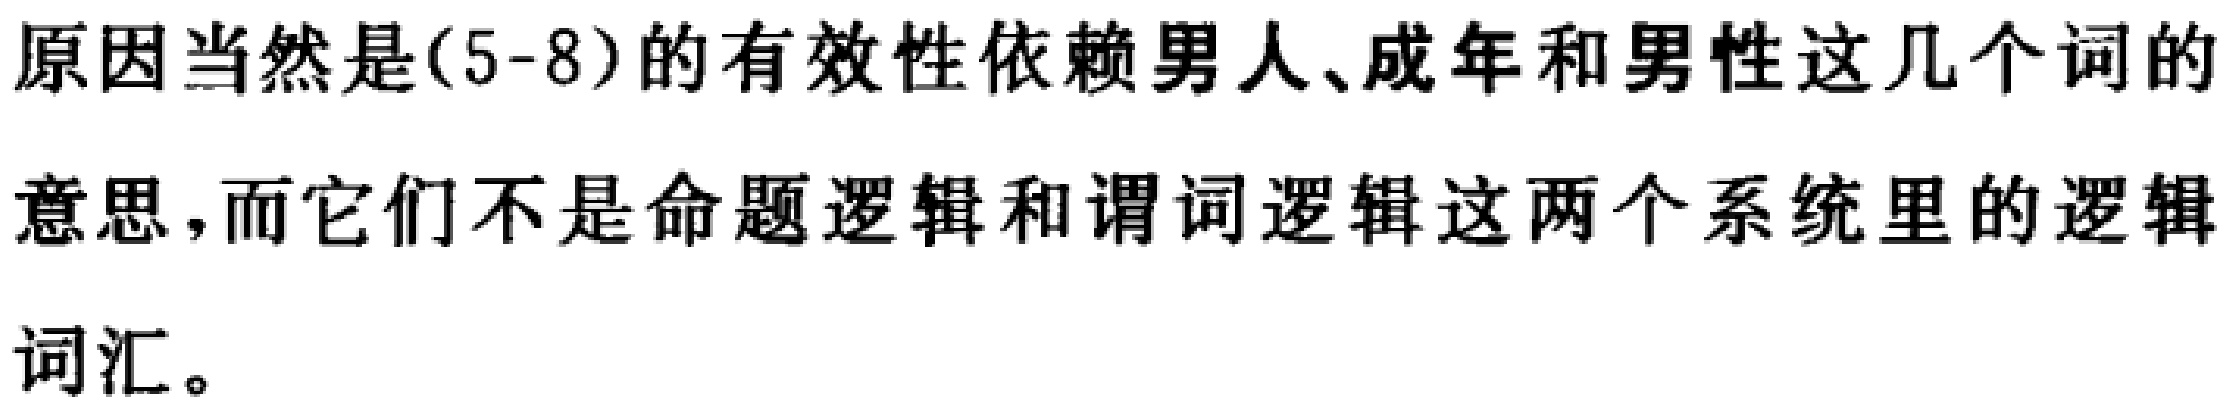
原因当然是(5-8)的有效性依赖男人、成年和男性这几个词的意思，而它们不是命题逻辑和谓词逻辑这两个系统里的逻辑词汇。